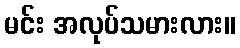
မင်း အလုပ်သမားလား။